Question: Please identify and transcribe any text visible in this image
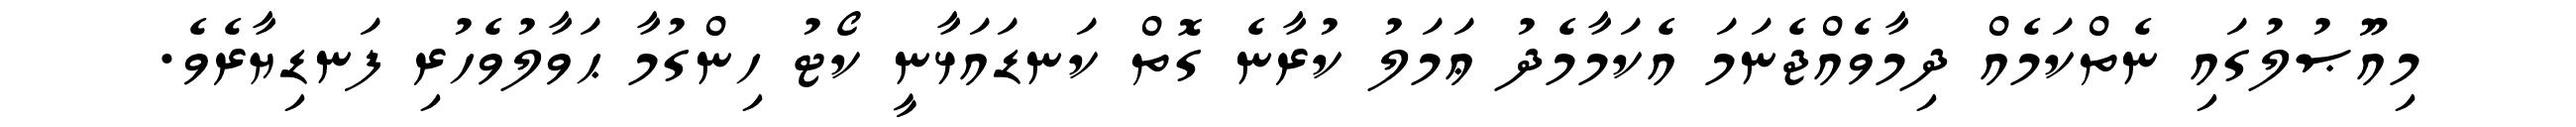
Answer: މިއޫޞުލުގައި ނެތްކަމެއް ދިމާވެއްޖެނަމަ އެކަމާމެދު ޢަމަލު ކުރާނެ ގޮތް ކަނޑައަޅާނީ ކޯޓު ހިންގުމާ ޙަވާލުވެހުރި ފަނޑިޔާރެވެ.